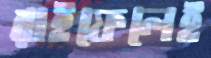
রাইফেলেই